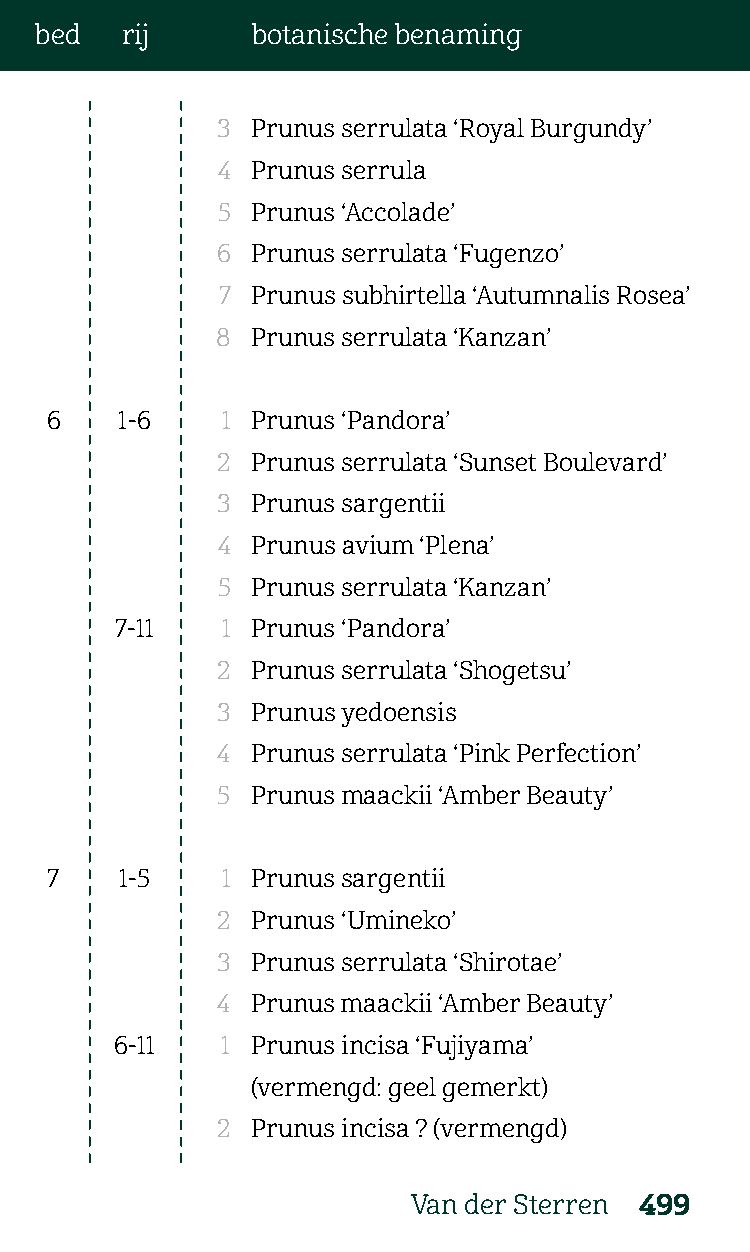
bed   rij      botanische benaming
 3  Prunus serrulata ‘Royal Burgundy’
 4  Prunus serrula
 5  Prunus ‘Accolade’
 6  Prunus serrulata ‘Fugenzo’
 7  Prunus subhirtella ‘Autumnalis Rosea’
 8  Prunus serrulata ‘Kanzan’
 6    1-6    1 Prunus ‘Pandora’
 2  Prunus serrulata ‘Sunset Boulevard’
 3  Prunus sargentii
 4  Prunus avium ‘Plena’
 5  Prunus serrulata ‘Kanzan’
 7-11   1 Prunus ‘Pandora’
 2  Prunus serrulata ‘Shogetsu’
 3  Prunus yedoensis
 4  Prunus serrulata ‘Pink Perfection’
 5  Prunus maackii ‘Amber Beauty’
 7    1-5    1 Prunus sargentii
 2  Prunus ‘Umineko’
 3  Prunus serrulata ‘Shirotae’
 4  Prunus maackii ‘Amber Beauty’
 6-11   1 Prunus incisa ‘Fujiyama’
 (vermengd: geel gemerkt)
 2  Prunus incisa ? (vermengd)
 Van der Sterren 499